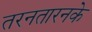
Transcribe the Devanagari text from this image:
तरनतारनके